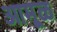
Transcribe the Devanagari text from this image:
आमूळ